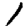
Digit: 1